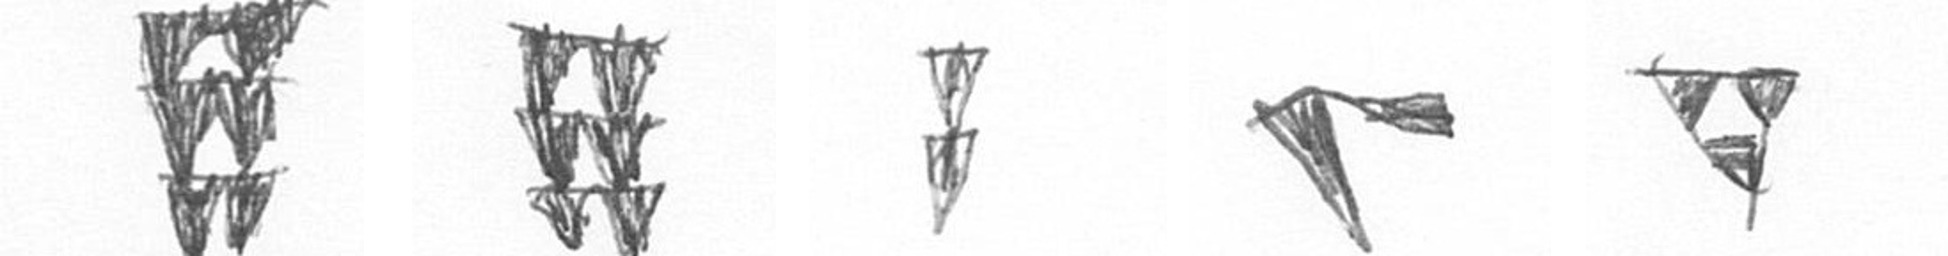
Y Y Z F S